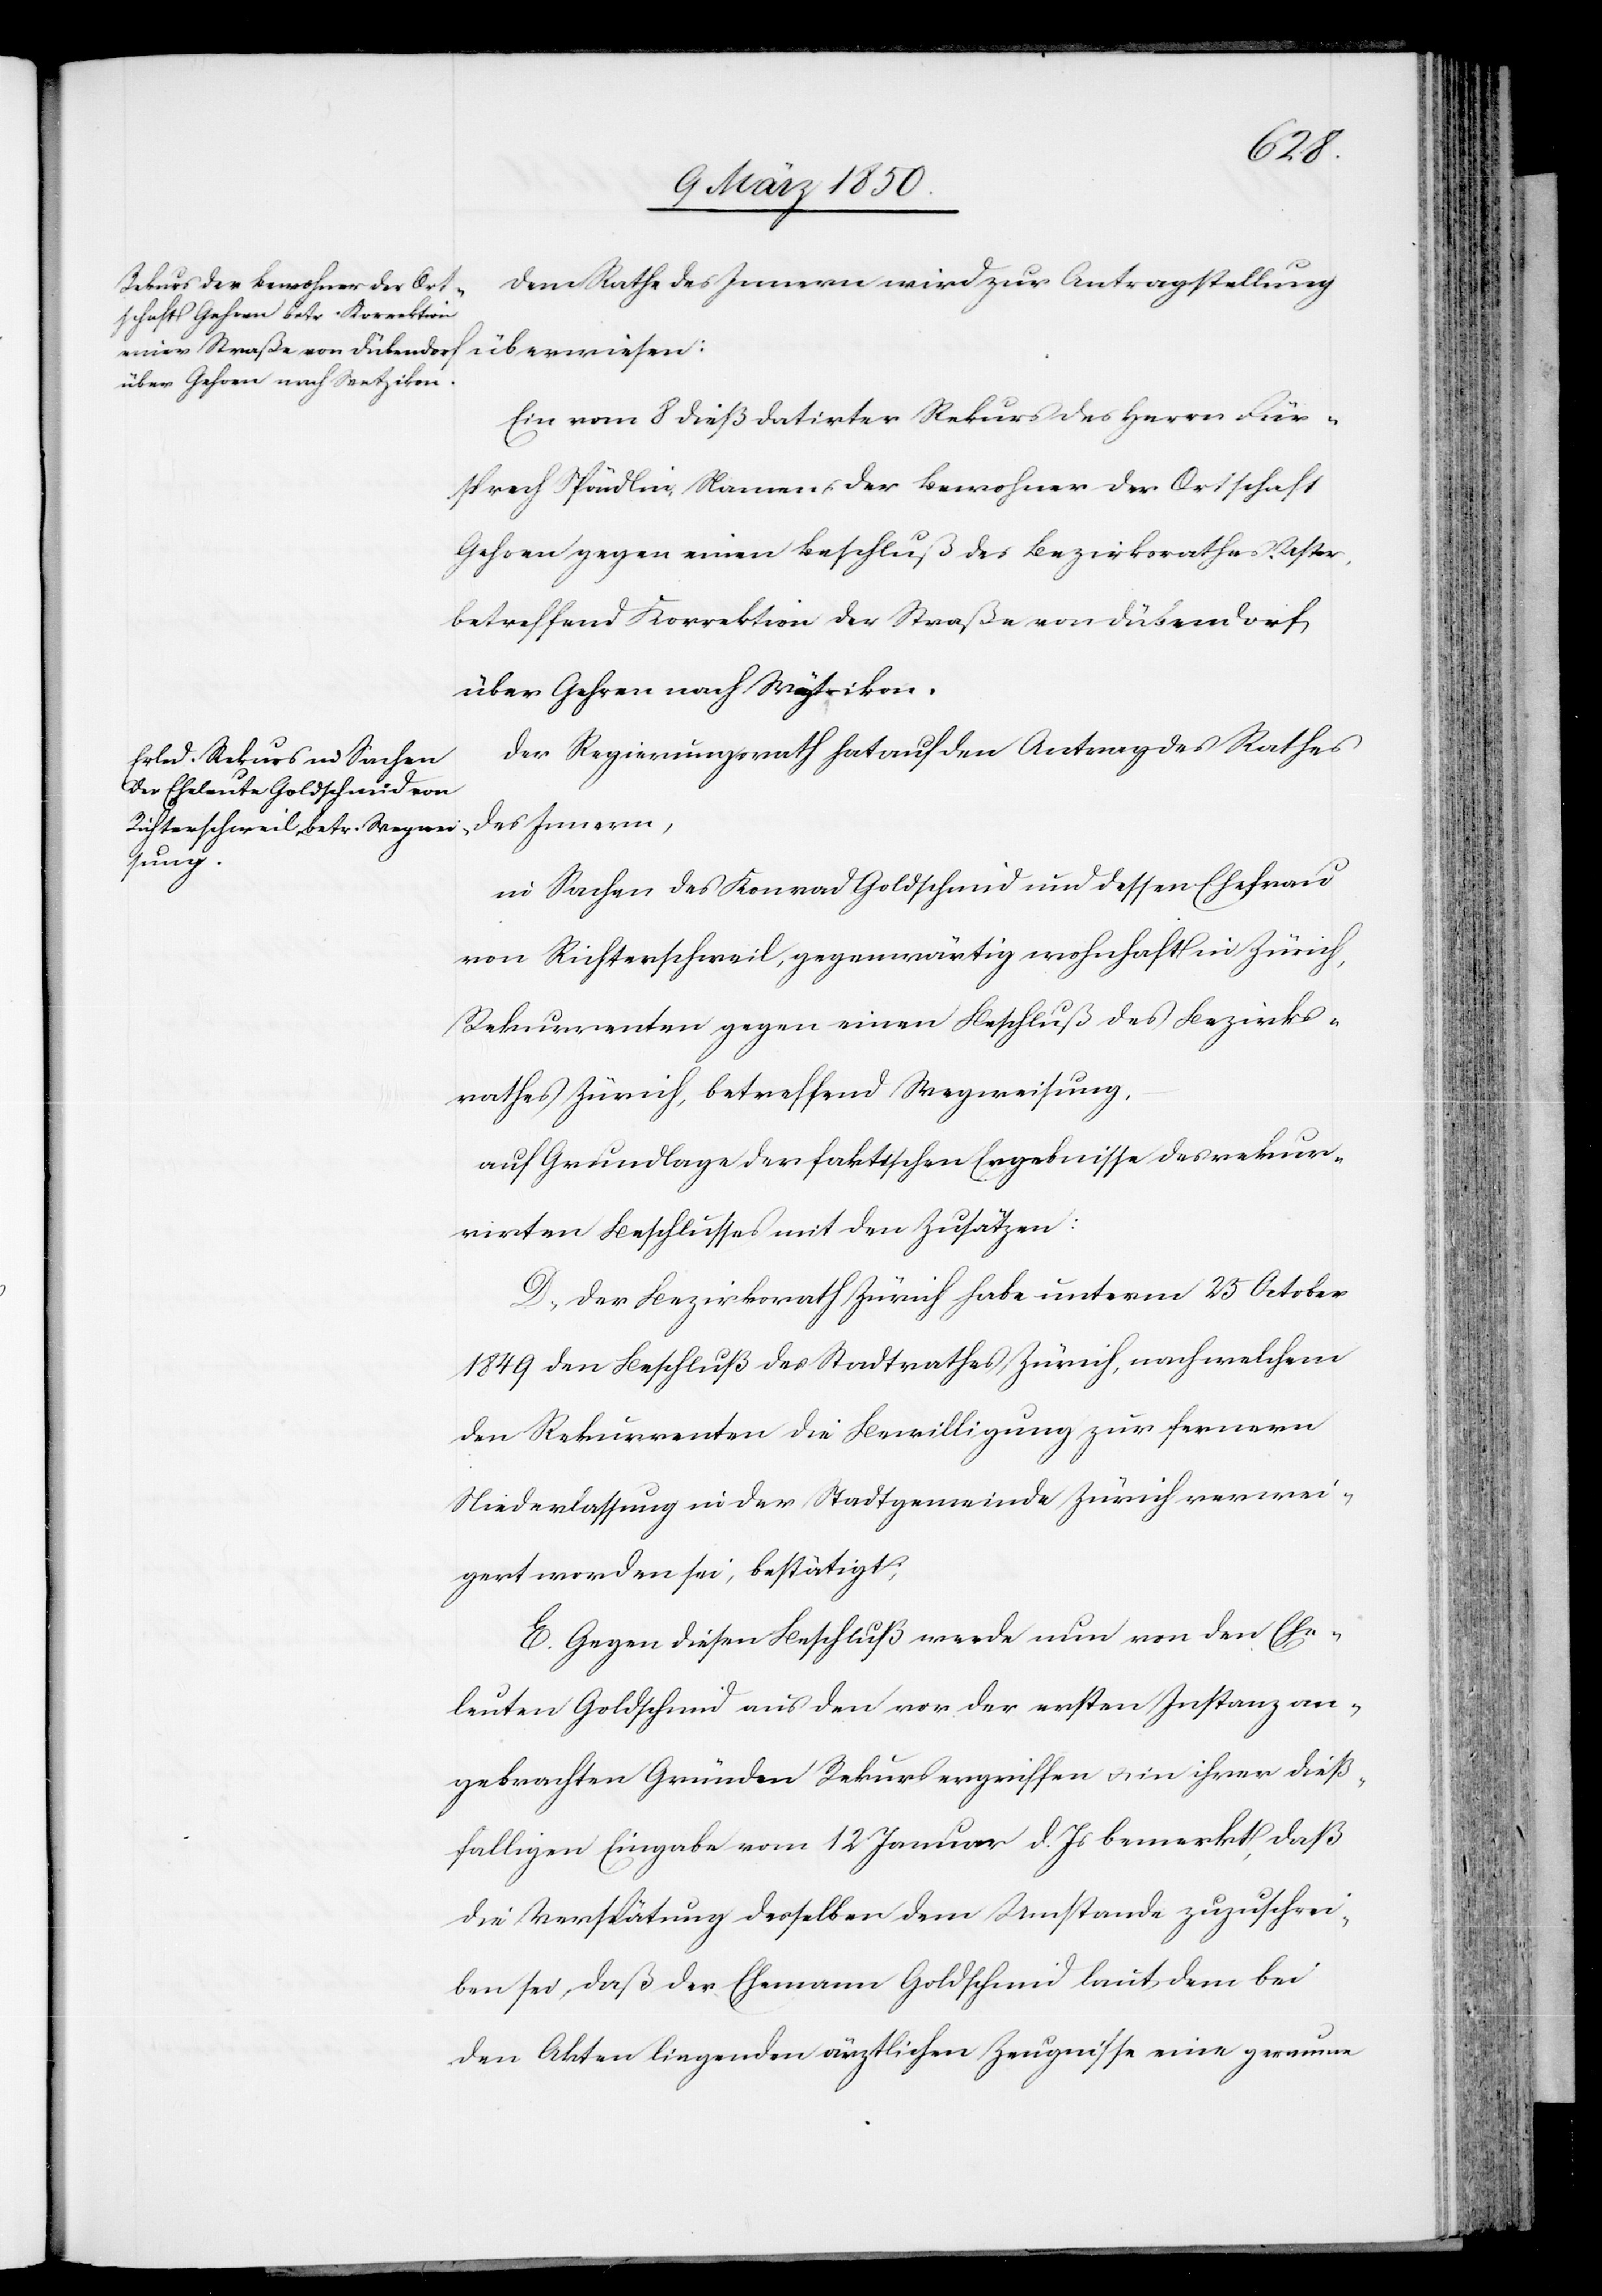
Dem Rathe des Innern wird zur Antragstellung
Ein vom 8 dieß datirter Rekurs des Herrn Für¬
sprech Spöndlin, Namens der Bewohner der Ortschaft
Gehren gegen einen Beschluß des Bezirksrathes Uster,
betreffend Korrektion der Straße von Dübendorf
über Gehren nach Wytikon.
Der Regierungsrath hat auf den Antrag des Rathes
des Innern,
in Sachen des Konrad Goldschmid und dessen Ehefrau
von Richterschweil, gegenwärtig wohnhaft in Zürich,
Rekurrenten gegen einen Beschluß des Bezirks¬
rathes Zürich, betreffend Wegweisung,
auf Grundlage der faktischen Ergebnisse des rekur¬
rirten Beschlusses mit den Zusätzen:
D. Der Bezirksrath Zürich habe unterm 25 October
1849 den Beschluß des Stadtrathes Zürich, nach welchem
den Rekurrenten die Bewilligung zur fernern
Niederlassung in der Stadtgemeinde Zürich verwei¬
gert worden sei, bestätig;
E. Gegen diesen Beschluß werde nun von den Ehe¬
leuten Goldschmid aus den vor der ersten Instanz an¬
gebrachten Gründen Rekurs ergriffen u. in ihrer dieß¬
falligen Eingabe vom 12 Januar d. Js bemerkt, daß
die Verspätung desselben dem Umstande zuzuschrei¬
ben sei, daß der Ehemann Goldschmid laut dem bei
den Akten liegenden ärztlichen Zeugnisse eine geraume